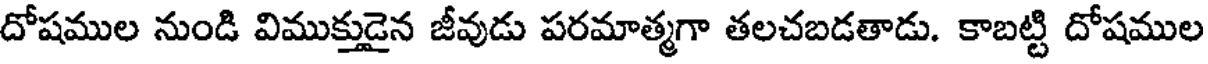
దోషముల నుండి విముక్తుడైన జీవుడు పరమాత్మగా తలచబడతాడు. కాబట్టి దోషముల